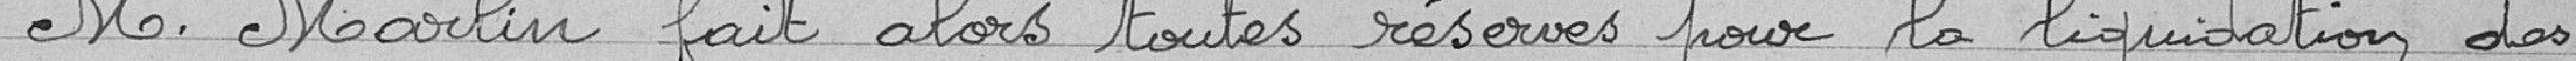
M. Marlin fait alors toutes réserves pour la liquidation des